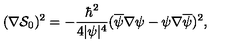
( \nabla \mathcal { S } _ { 0 } ) ^ { 2 } = - { \frac { \hbar ^ { 2 } } { 4 | \psi | ^ { 4 } } } ( \overline { \psi } \nabla \psi - \psi \nabla \overline { \psi } ) ^ { 2 } ,